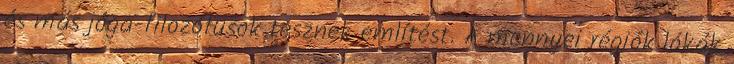
és más jóga-filozófusok tesznek említést. A mennyei régiók lókák